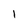
Character: 1